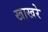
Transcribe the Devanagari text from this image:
खाखरे